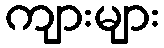
ကျားများ